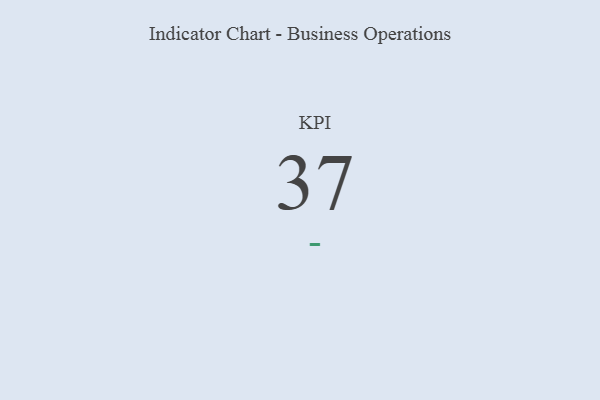
{"axis": {"x": "KPI", "y": "Value"}, "legend": [""], "data": [{"x": "KPI", "y": 37, "type": ""}]}